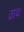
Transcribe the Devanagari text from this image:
व्राथ